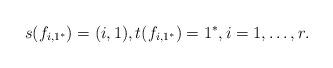
LaTeX: \begin{align*}s(f_{i,1^*})=(i,1),t(f_{i,1^*})=1^*,i=1,\dots, r.\end{align*}